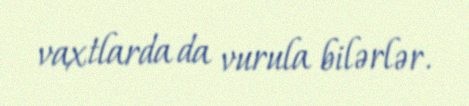
vaxtlarda da vurula bilərlər.